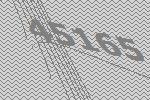
45165